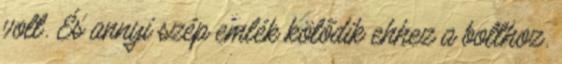
volt. És annyi szép emlék kötődik ehhez a bolthoz.